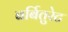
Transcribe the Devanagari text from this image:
बर्बितुरेट